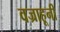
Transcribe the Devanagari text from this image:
वज्राहूनी